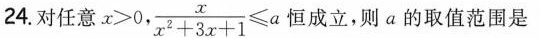
24.对任意$$x > 0$$， $$\frac { x } { x ^ { 2 } + 3 x + 1 } ≤ a$$ 恒成立，则a的取值范围是